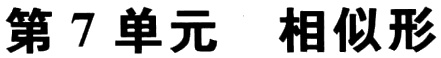
第7单元 相似形